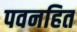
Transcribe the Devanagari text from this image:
पवनहित